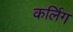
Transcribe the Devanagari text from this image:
कर्लिग